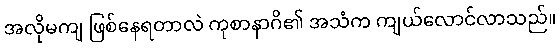
အလိုမကျ ဖြစ်နေရတာလဲ ကုစာနာဂိ၏ အသံက ကျယ်လောင်လာသည်။